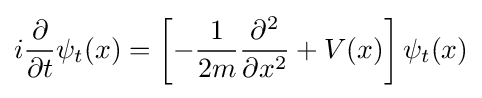
i{\frac {\partial }{\partial t}}\psi _{t}(x)=\left[-{\frac {1}{2m}}{\frac {\partial ^{2}}{\partial x^{2}}}+V(x)\right]\psi _{t}(x)